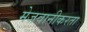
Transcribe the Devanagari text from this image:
मेजवानीकरता